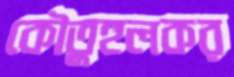
কৌতুহলকর